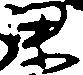
梁